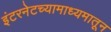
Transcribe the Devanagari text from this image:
इंटरनेटच्यामाध्यमातून